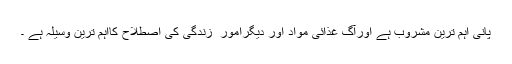
پانی اہم ترین مشروب ہے اورآگ غذائی مواد اور دیگرامور ِ زندگی کی اصطلاح کااہم ترین وسیلہ ہے ۔